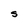
Character: S